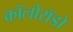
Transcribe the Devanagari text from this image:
कॉलोरॉडो